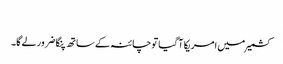
​
کشمیر میں امریکا آ گیا تو چائنہ کے ساتھ پنگا ضرور لے گا۔